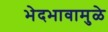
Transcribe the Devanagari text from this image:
भेदभावामुळे